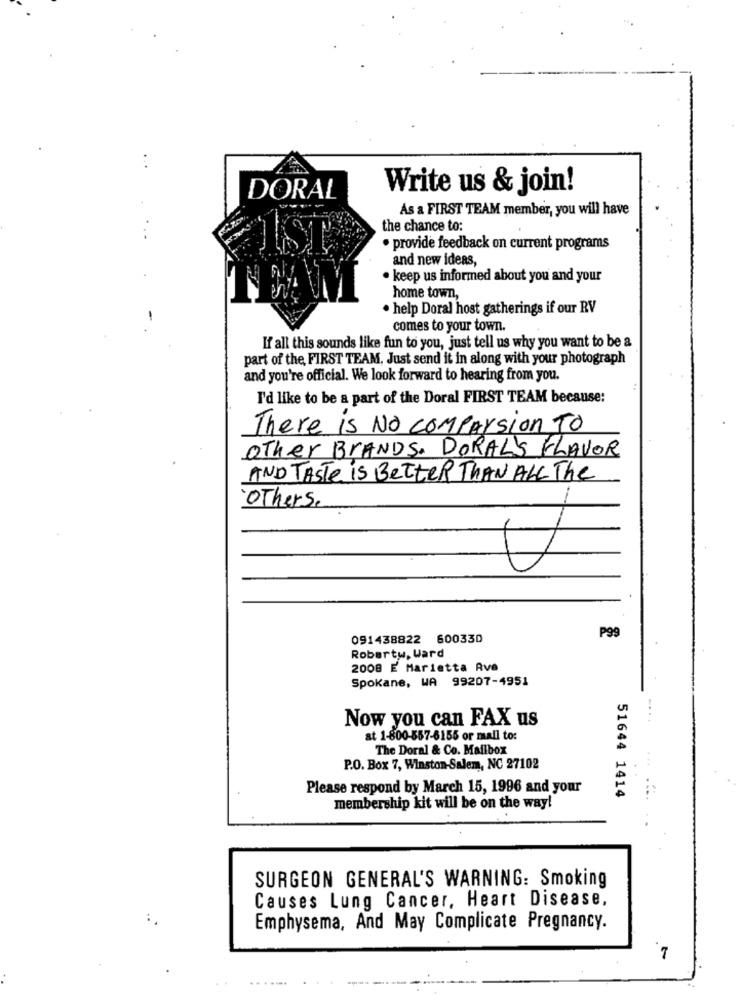
Write us & join!
DORAL
As a FIRST TEAM member, you will have
the chance to:
· provide feedback on current programs
and new ideas,
keep us informed about you and your
home town,
· help Doral host gatherings if our RV
comes to your town.
If all this sounds like fun to you, just tell us why you want to be a
part of the FIRST TEAM, Just send it in along with your photograph
and you're official. We look forward to hearing from you.
I'd like to be a part of the Doral FIRST TEAM because:
There is No COMPAYsion TO
Other BRANDS. DORAL'S FLAVOR
AND TASTE is Better THAN ALL The
Others.
P99
091438822 600330
Robertw, Ward
2008 E Marietta Ave
Spokane, WA 99207-4951
Now you can FAX us
at 1-800-557-6155 or mail to:
The Doral & Co. Mailbox
P.O. Box 7, Winston-Salem, NC 27102
Please respond by March 15, 1996 and your
51644 1414
membership kit will be on the way!
SURGEON GENERAL'S WARNING: Smoking
Causes Lung Cancer, Heart Disease,
Emphysema, And May Complicate Pregnancy.
7